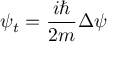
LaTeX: \psi _ { t } = { \frac { i \hbar } { 2 m } } \Delta \psi